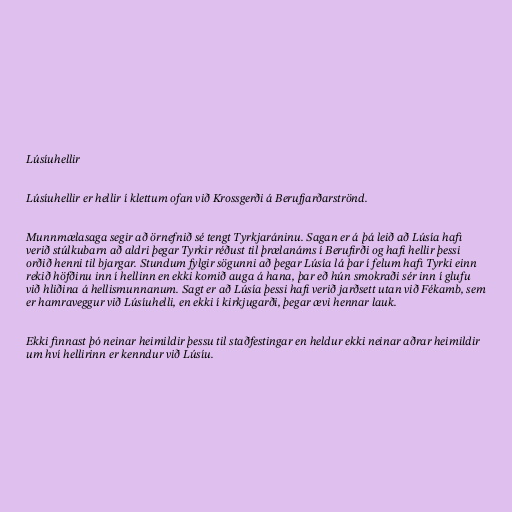
Lúsíuhellir

Lúsíuhellir er hellir í klettum ofan við Krossgerði á Berufjarðarströnd.

Munnmælasaga segir að örnefnið sé tengt Tyrkjaráninu. Sagan er á þá leið að Lúsía hafi
verið stúlkubarn að aldri þegar Tyrkir réðust til þrælanáms í Berufirði og hafi hellir þessi
orðið henni til bjargar. Stundum fylgir sögunni að þegar Lúsía lá þar í felum hafi Tyrki einn
rekið höfðinu inn í hellinn en ekki komið auga á hana, þar eð hún smokraði sér inn í glufu
við hliðina á hellismunnanum. Sagt er að Lúsía þessi hafi verið jarðsett utan við Fékamb, sem
er hamraveggur við Lúsíuhelli, en ekki í kirkjugarði, þegar ævi hennar lauk.

Ekki finnast þó neinar heimildir þessu til staðfestingar en heldur ekki neinar aðrar heimildir
um hví hellirinn er kenndur við Lúsíu.